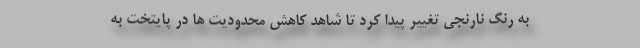
به رنگ نارنجی تغییر پیدا کرد تا شاهد کاهش محدودیت ها در پایتخت به